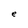
Character: e